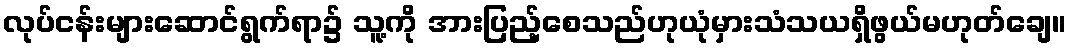
လုပ်ငန်းများဆောင်ရွက်ရာ၌ သူ့ကို အားပြည့်စေသည်ဟုယုံမှားသံသယရှိဖွယ်မဟုတ်ချေ။